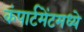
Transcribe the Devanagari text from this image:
कंपार्टमेंटमध्ये